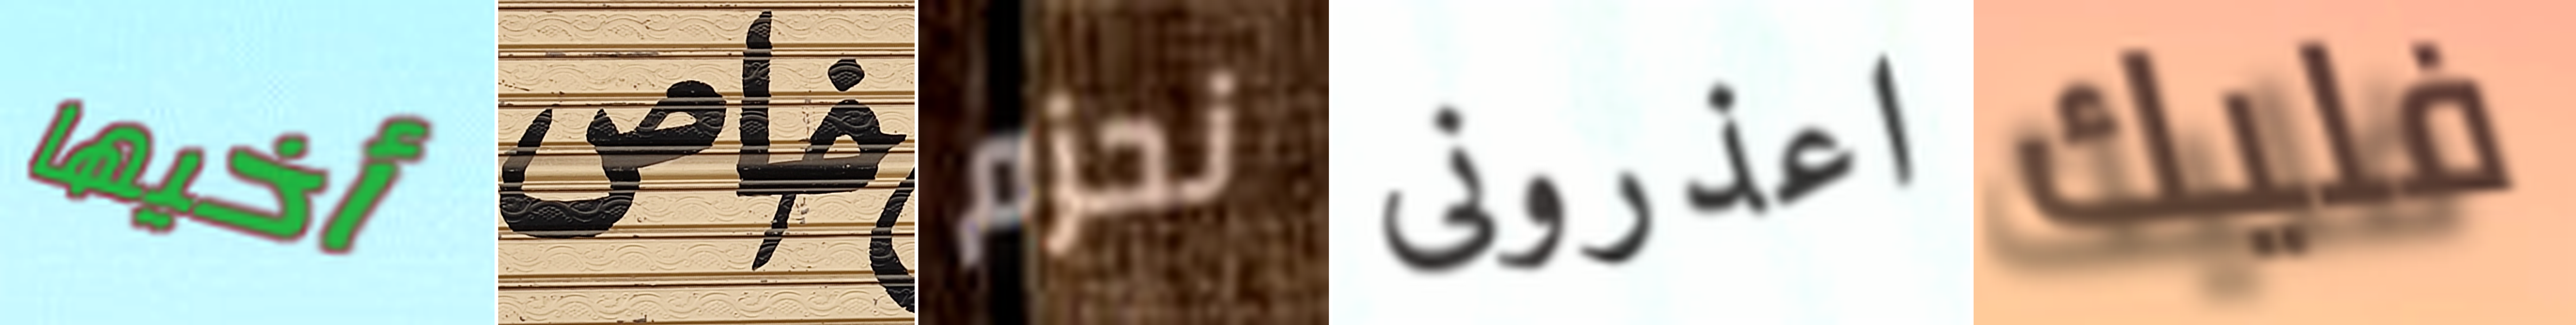
أخيها خاص نحزم اعذرونى فليك